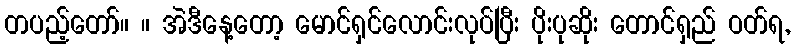
တပည့်တော်။ ။ အဲဒီနေ့တော့ မောင်ရှင်လောင်းလုပ်ပြီး ပိုးပုဆိုး တောင်ရှည် ဝတ်ရ,